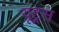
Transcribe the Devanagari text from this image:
यूट्रस